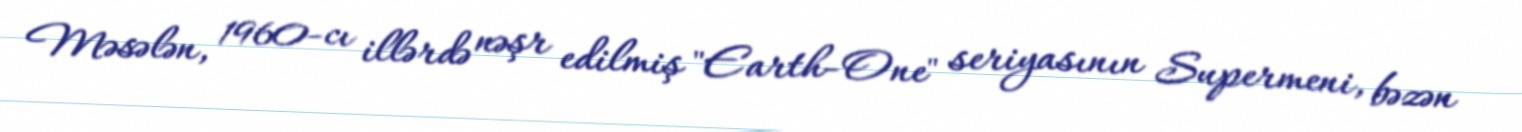
Məsələn, 1960-cı illərdə nəşr edilmiş "Earth-One" seriyasının Supermeni, bəzən